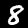
Label: 8